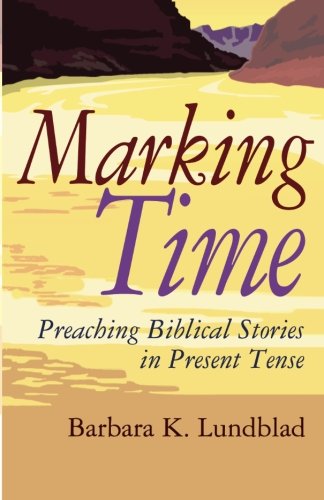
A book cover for Marking Time: Preaching Biblical Stories in Present Tense; Barbara K. Lundblad; Christian Books & Bibles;